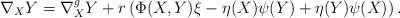
\begin{align*}\nabla_{X}Y=\nabla^{g}_{X}Y+r\left(\Phi(X,Y)\xi-\eta(X)\psi(Y)+\eta(Y)\psi(X)\right).\end{align*}